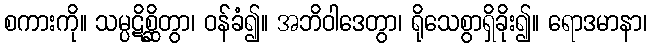
စကားကို။ သမ္ပဋိစ္ဆိတွာ၊ ဝန်ခံ၍။ အဘိဝါဒေတွာ၊ ရိုသေစွာရှိခိုး၍။ ရောဒမာနာ၊